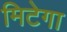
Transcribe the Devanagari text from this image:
मिटेगा